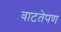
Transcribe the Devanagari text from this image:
वाटतेपण